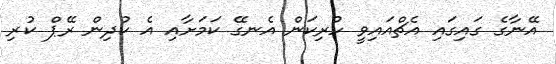
އޭނާގެ ގައިގައި އެޗްއައިވީ ހުރިކަން އެނގޭ ކަމަށާއި އެ ކުދިން ރޭޕް ކުރި